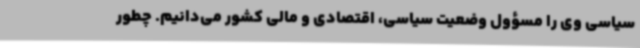
سیاسی وی را مسؤول وضعیت سیاسی، اقتصادی و مالی کشور می‌دانیم. چطور